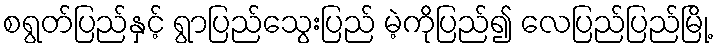
စရွတ်ပြည်နှင့် ရွာပြည်သွေးပြည် မဲ့ကိုပြည်၍ လေပြည်ပြည်မြို့